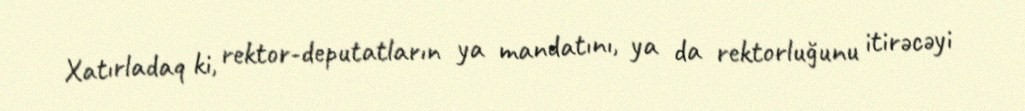
Xatırladaq ki, rektor-deputatların ya mandatını, ya da rektorluğunu itirəcəyi